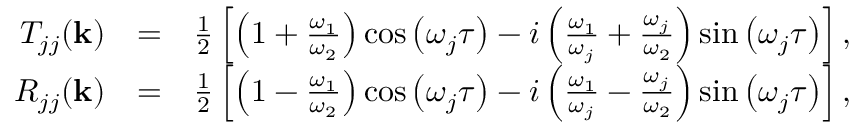
\begin{array} { r l r } { T _ { j j } ( { \bf k } ) } & { = } & { \frac { 1 } { 2 } \left[ \left( 1 + \frac { \omega _ { 1 } } { \omega _ { 2 } } \right) \cos \left( \omega _ { j } \tau \right) - i \left( \frac { \omega _ { 1 } } { \omega _ { j } } + \frac { \omega _ { j } } { \omega _ { 2 } } \right) \sin \left( \omega _ { j } \tau \right) \right] , } \\ { R _ { j j } ( { \bf k } ) } & { = } & { \frac { 1 } { 2 } \left[ \left( 1 - \frac { \omega _ { 1 } } { \omega _ { 2 } } \right) \cos \left( \omega _ { j } \tau \right) - i \left( \frac { \omega _ { 1 } } { \omega _ { j } } - \frac { \omega _ { j } } { \omega _ { 2 } } \right) \sin \left( \omega _ { j } \tau \right) \right] , } \end{array}